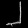
Digit: ၂